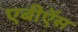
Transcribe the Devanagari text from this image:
एबीऍस